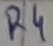
Text: R4